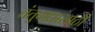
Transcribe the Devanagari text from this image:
तंतुवाद्यासाठी